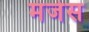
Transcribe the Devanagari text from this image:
मंजेस